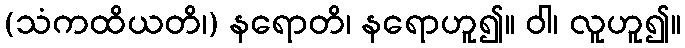
(သံကထိယတိ၊) နရောတိ၊ နရောဟူ၍။ ဝါ၊ လူဟူ၍။